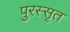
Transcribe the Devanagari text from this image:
पुरस्सृत